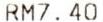
RM7.40